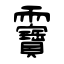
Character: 靌